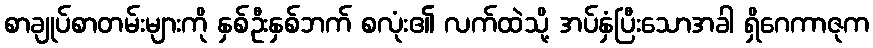
စာချုပ်စာတမ်းများကို နှစ်ဦးနှစ်ဘက် စလုံး၏ လက်ထဲသို့ အပ်နှံပြီးသောအခါ ရှိဂေကာဇုက